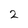
Character: 2